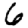
Digit: 6